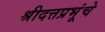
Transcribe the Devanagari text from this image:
श्रीदत्तप्रभूंचे